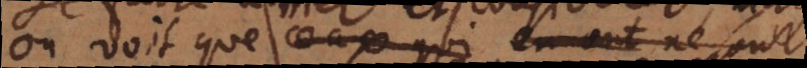
on voit que ceux qui en ont ne